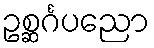
ဥစ္ဆင်္ဂပညော